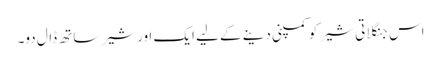
اس جنگلاتی شیر کو کمپنی دینے کے لیے ایک اور شیر ساتھ ڈال دو۔